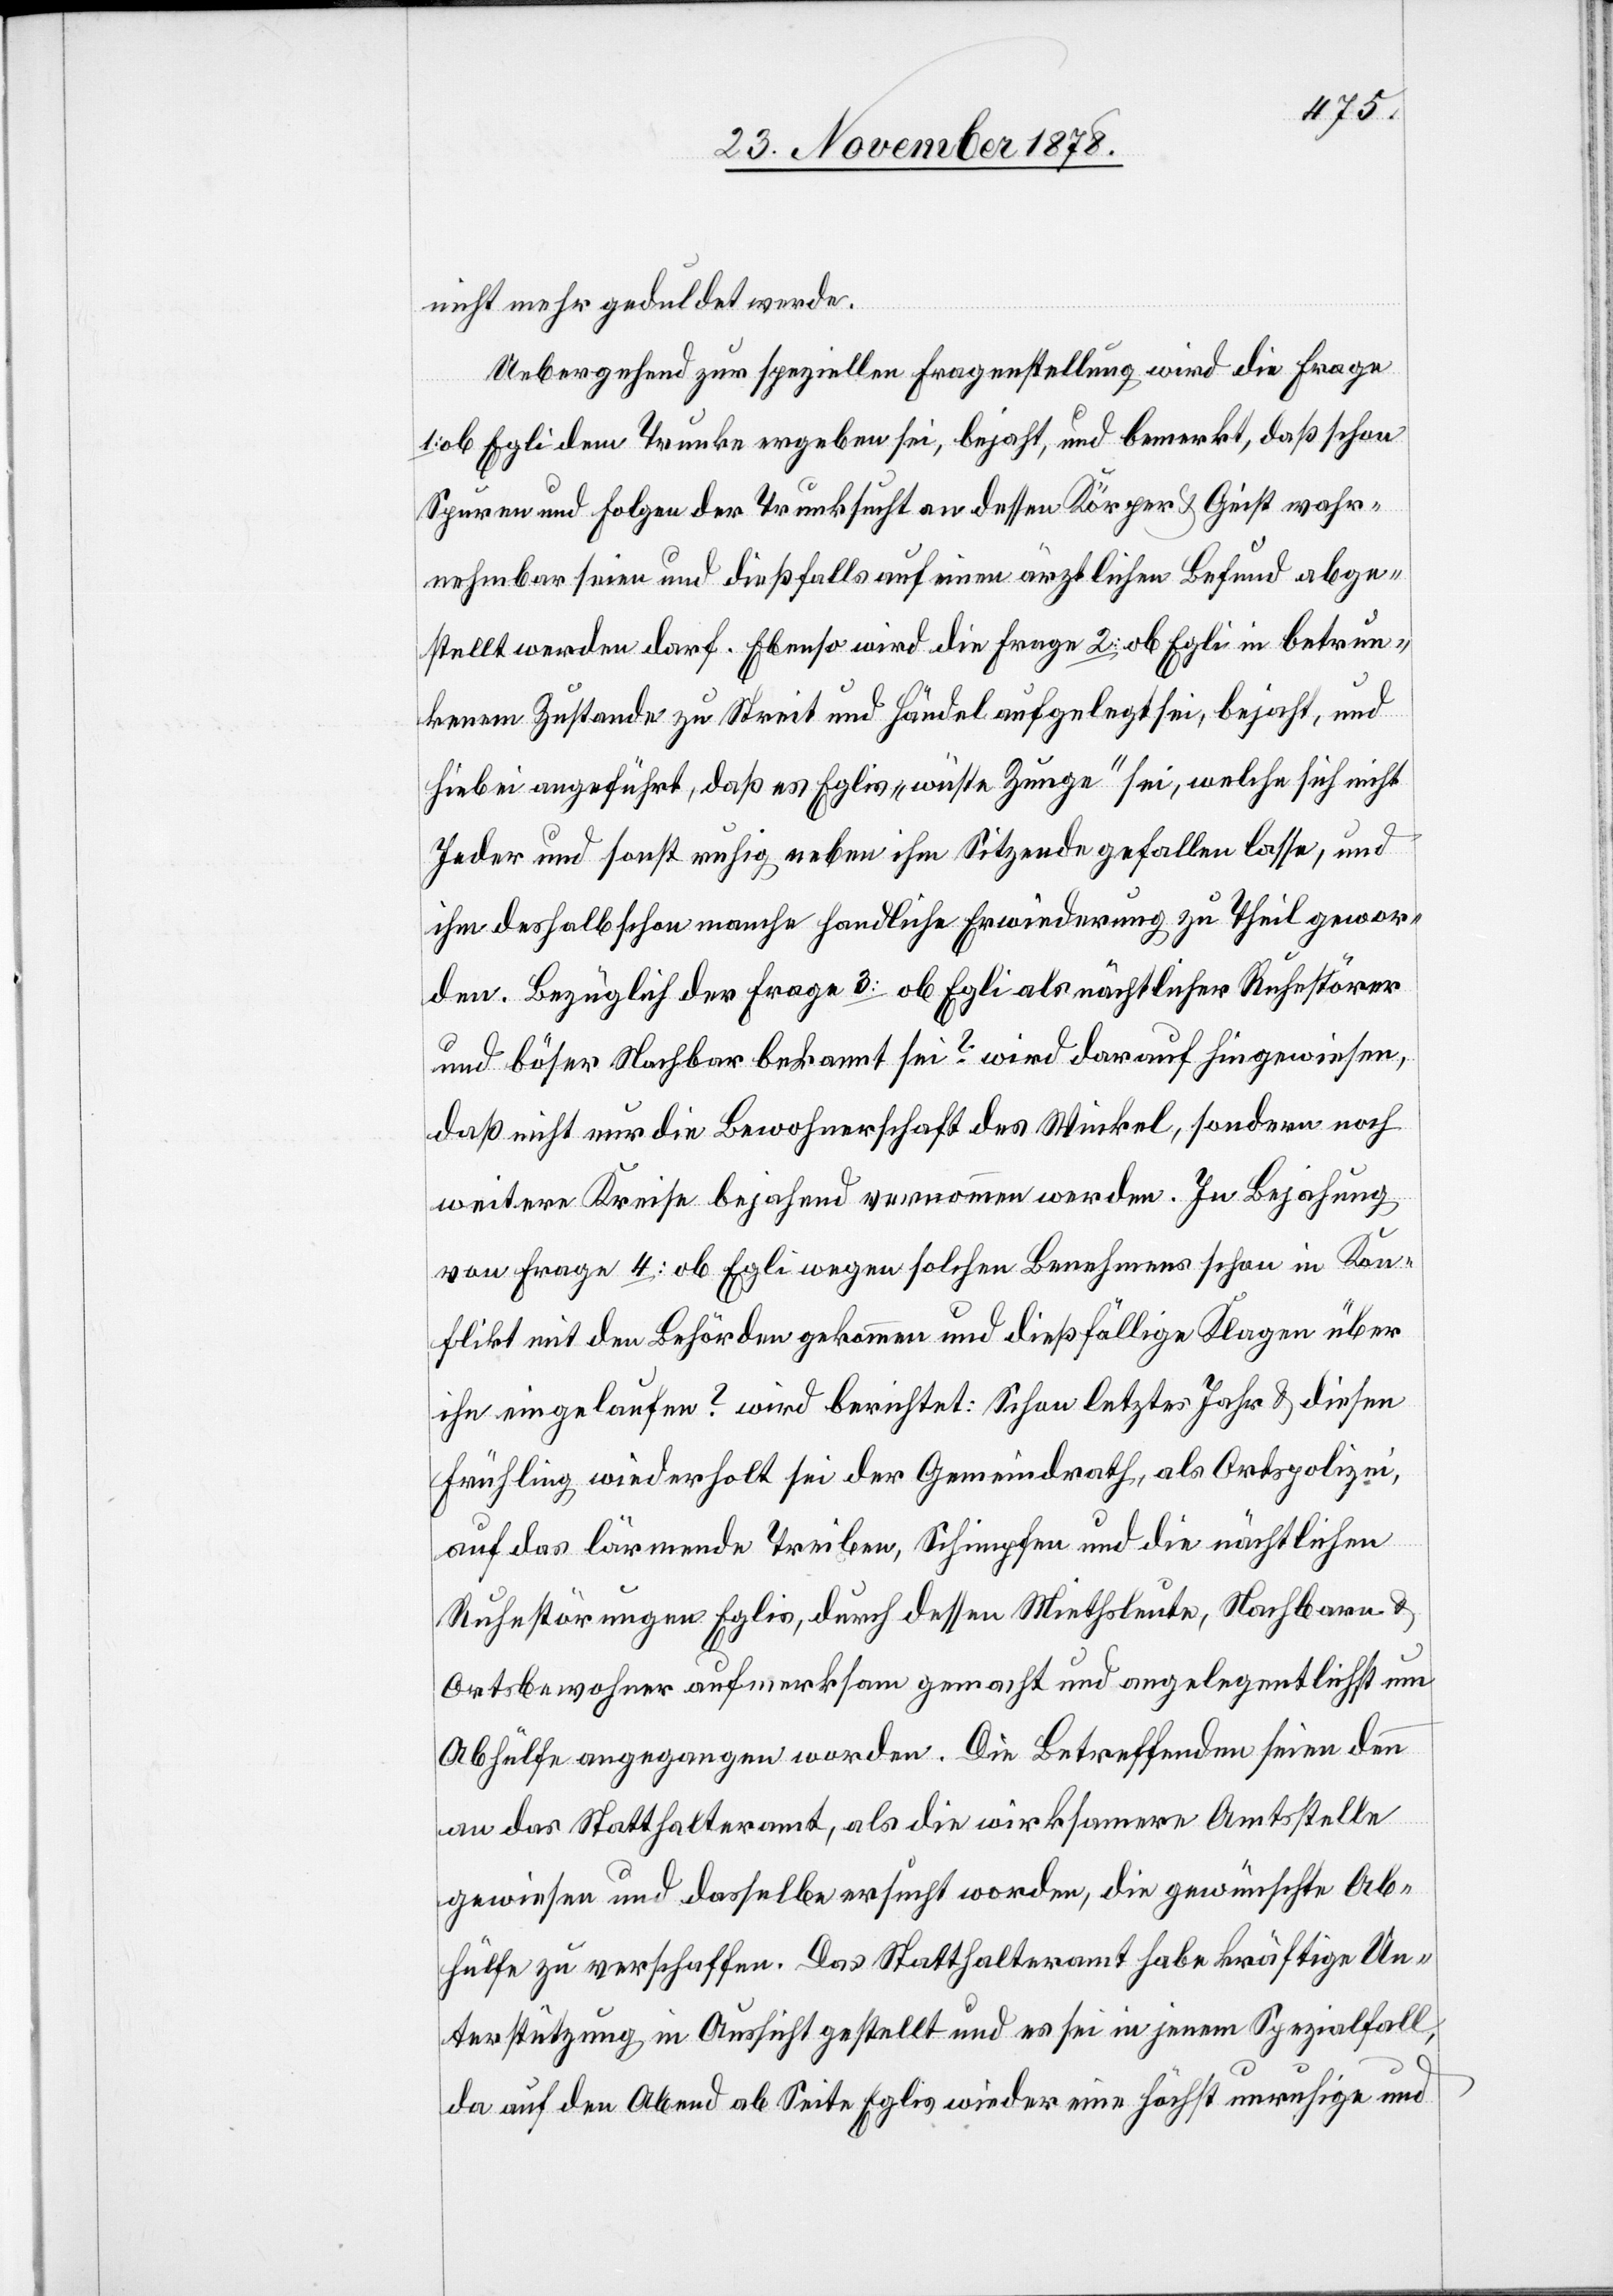
nicht mehr geduldet werde.
Uebergehend zur speziellen Fragenstellung wird die Frage
1:
ob Egli dem Trunke ergeben sei, bejaht, und bemerkt, daß schon
Spuren und Folge der Trunksucht an dessen Körper & Geist wahr¬
nehmbar seien und dießfalls auf einen ärztlichen Befund abge¬
stellt werden darf. Ebenso wird die Frage 2: ob Egli in betrun¬
kenem Zustande zu Streit und Händel aufgelegt sei, bejaht, und
hiebei angeführt, daß es Eglis „wüste Zunge“ sei, welche sich nicht
Jeder und sonst ruhig neben ihm Sitzende gefallen lasse, und
ihm deshalb schon manche handliche Erwiederung zu Theil gewor¬
den. Bezüglich der Frage 3: ob Egli als nächtlicher Ruhestörer
und böser Nachbar bekannt sei? wird darauf hingewiesen,
daß nicht nur die Bewohnerschaft des Winkel, sondern noch
weitere Kreise bejahend vernommen werden. In Bejahung
von Frage 4: ob Egli wegen solchen Benehmens schon in Kon¬
flikt mit den Behörden gekommen und dießfällige Klagen über
ihn eingelaufen? wird berichtet: Schon letztes Jahr & diesen
Frühling wiederholt sei der Gemeindrath, als Ortspolizei,
auf das lärmende Treiben, Schimpfen und die nächtlichen
Ruhestörungen Eglis, durch dessen Miethsleute, Nachbarn &
Ortsbewohner aufmerksam gemacht und angelegentlichst um
Abhülfe angegangen worden. Die Betreffenden seien denn
an das Statthalteramt, als die wirksamere Amtsstelle
gewiesen und dasselbe ersucht worden, die gewünschte Ab¬
hülfe zu verschaffen. Das Statthalteramt habe kräftige Un¬
terstützung in Aussicht gestellt und es sei in jenem Spezialfall,
da auf den Abend ab Seite Eglis wieder eine höchst unruhige und